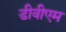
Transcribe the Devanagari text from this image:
डीवीएम